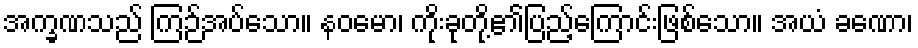
အက္ခဏသည် ကြဉ်အပ်သော။ နဝမော၊ ကိုးခုတို့၏ပြည့်ကြောင်းဖြစ်သော။ အယံ ခဏော၊